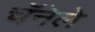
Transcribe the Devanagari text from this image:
चॅनेले